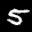
Label: 5